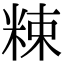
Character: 𥹵